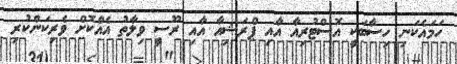
ހަމައެކަނި ހިސާބަކީ އޮސްޓުރިއާ އާއި ޕްރަޝިއާ އާއި ރޫސީ ވިލާތު އެއްކޮށް ވެރިކަންކުރި